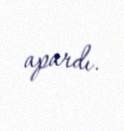
apardı.